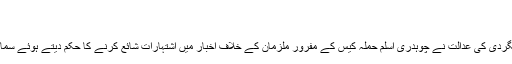
حقیقت سامنے آگئی
جمعرات‬‮ 7 دسمبر‬‮ 2017 | 18:34
کراچی (مانیٹرنگ ڈیسک) انسداد دہشتگردی کی عدالت نے چوہدری اسلم حملہ کیس کے مفرور ملزمان کے خلاف اخبار میں اشتہارات شائع کرنے کا حکم دیتے ہوئے سماعت 19دسمبر تک ملتوی کردی ہے ۔